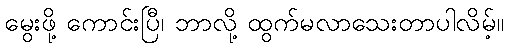
မွေးဖို့ ကောင်းပြီ၊ ဘာလို့ ထွက်မလာသေးတာပါလိမ့်။